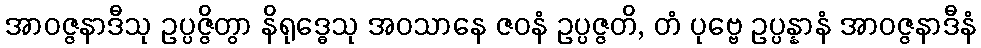
အာဝဇ္ဇနာဒီသု ဥပ္ပဇ္ဇိတွာ နိရုဒ္ဓေသု အဝသာနေ ဇဝနံ ဥပ္ပဇ္ဇတိ, တံ ပုဗ္ဗေ ဥပ္ပန္နာနံ အာဝဇ္ဇနာဒီနံ